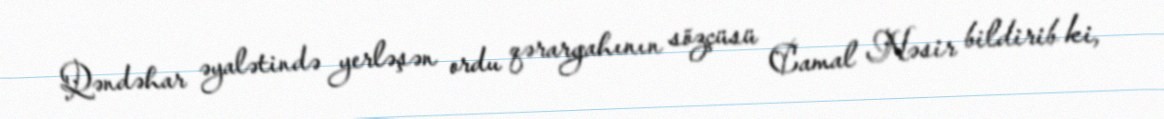
Qəndəhar əyalətində yerləşən ordu qərargahının sözçüsü Camal Nəsir bildirib ki,